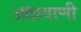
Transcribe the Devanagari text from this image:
आंध्रवाणी